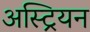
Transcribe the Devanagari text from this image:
अस्ट्रियन